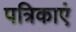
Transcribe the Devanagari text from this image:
पत्रिकाएं